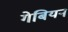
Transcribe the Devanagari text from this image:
गेबियन